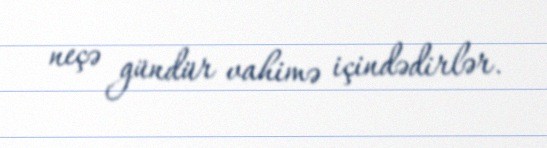
neçə gündür vahimə içindədirlər.